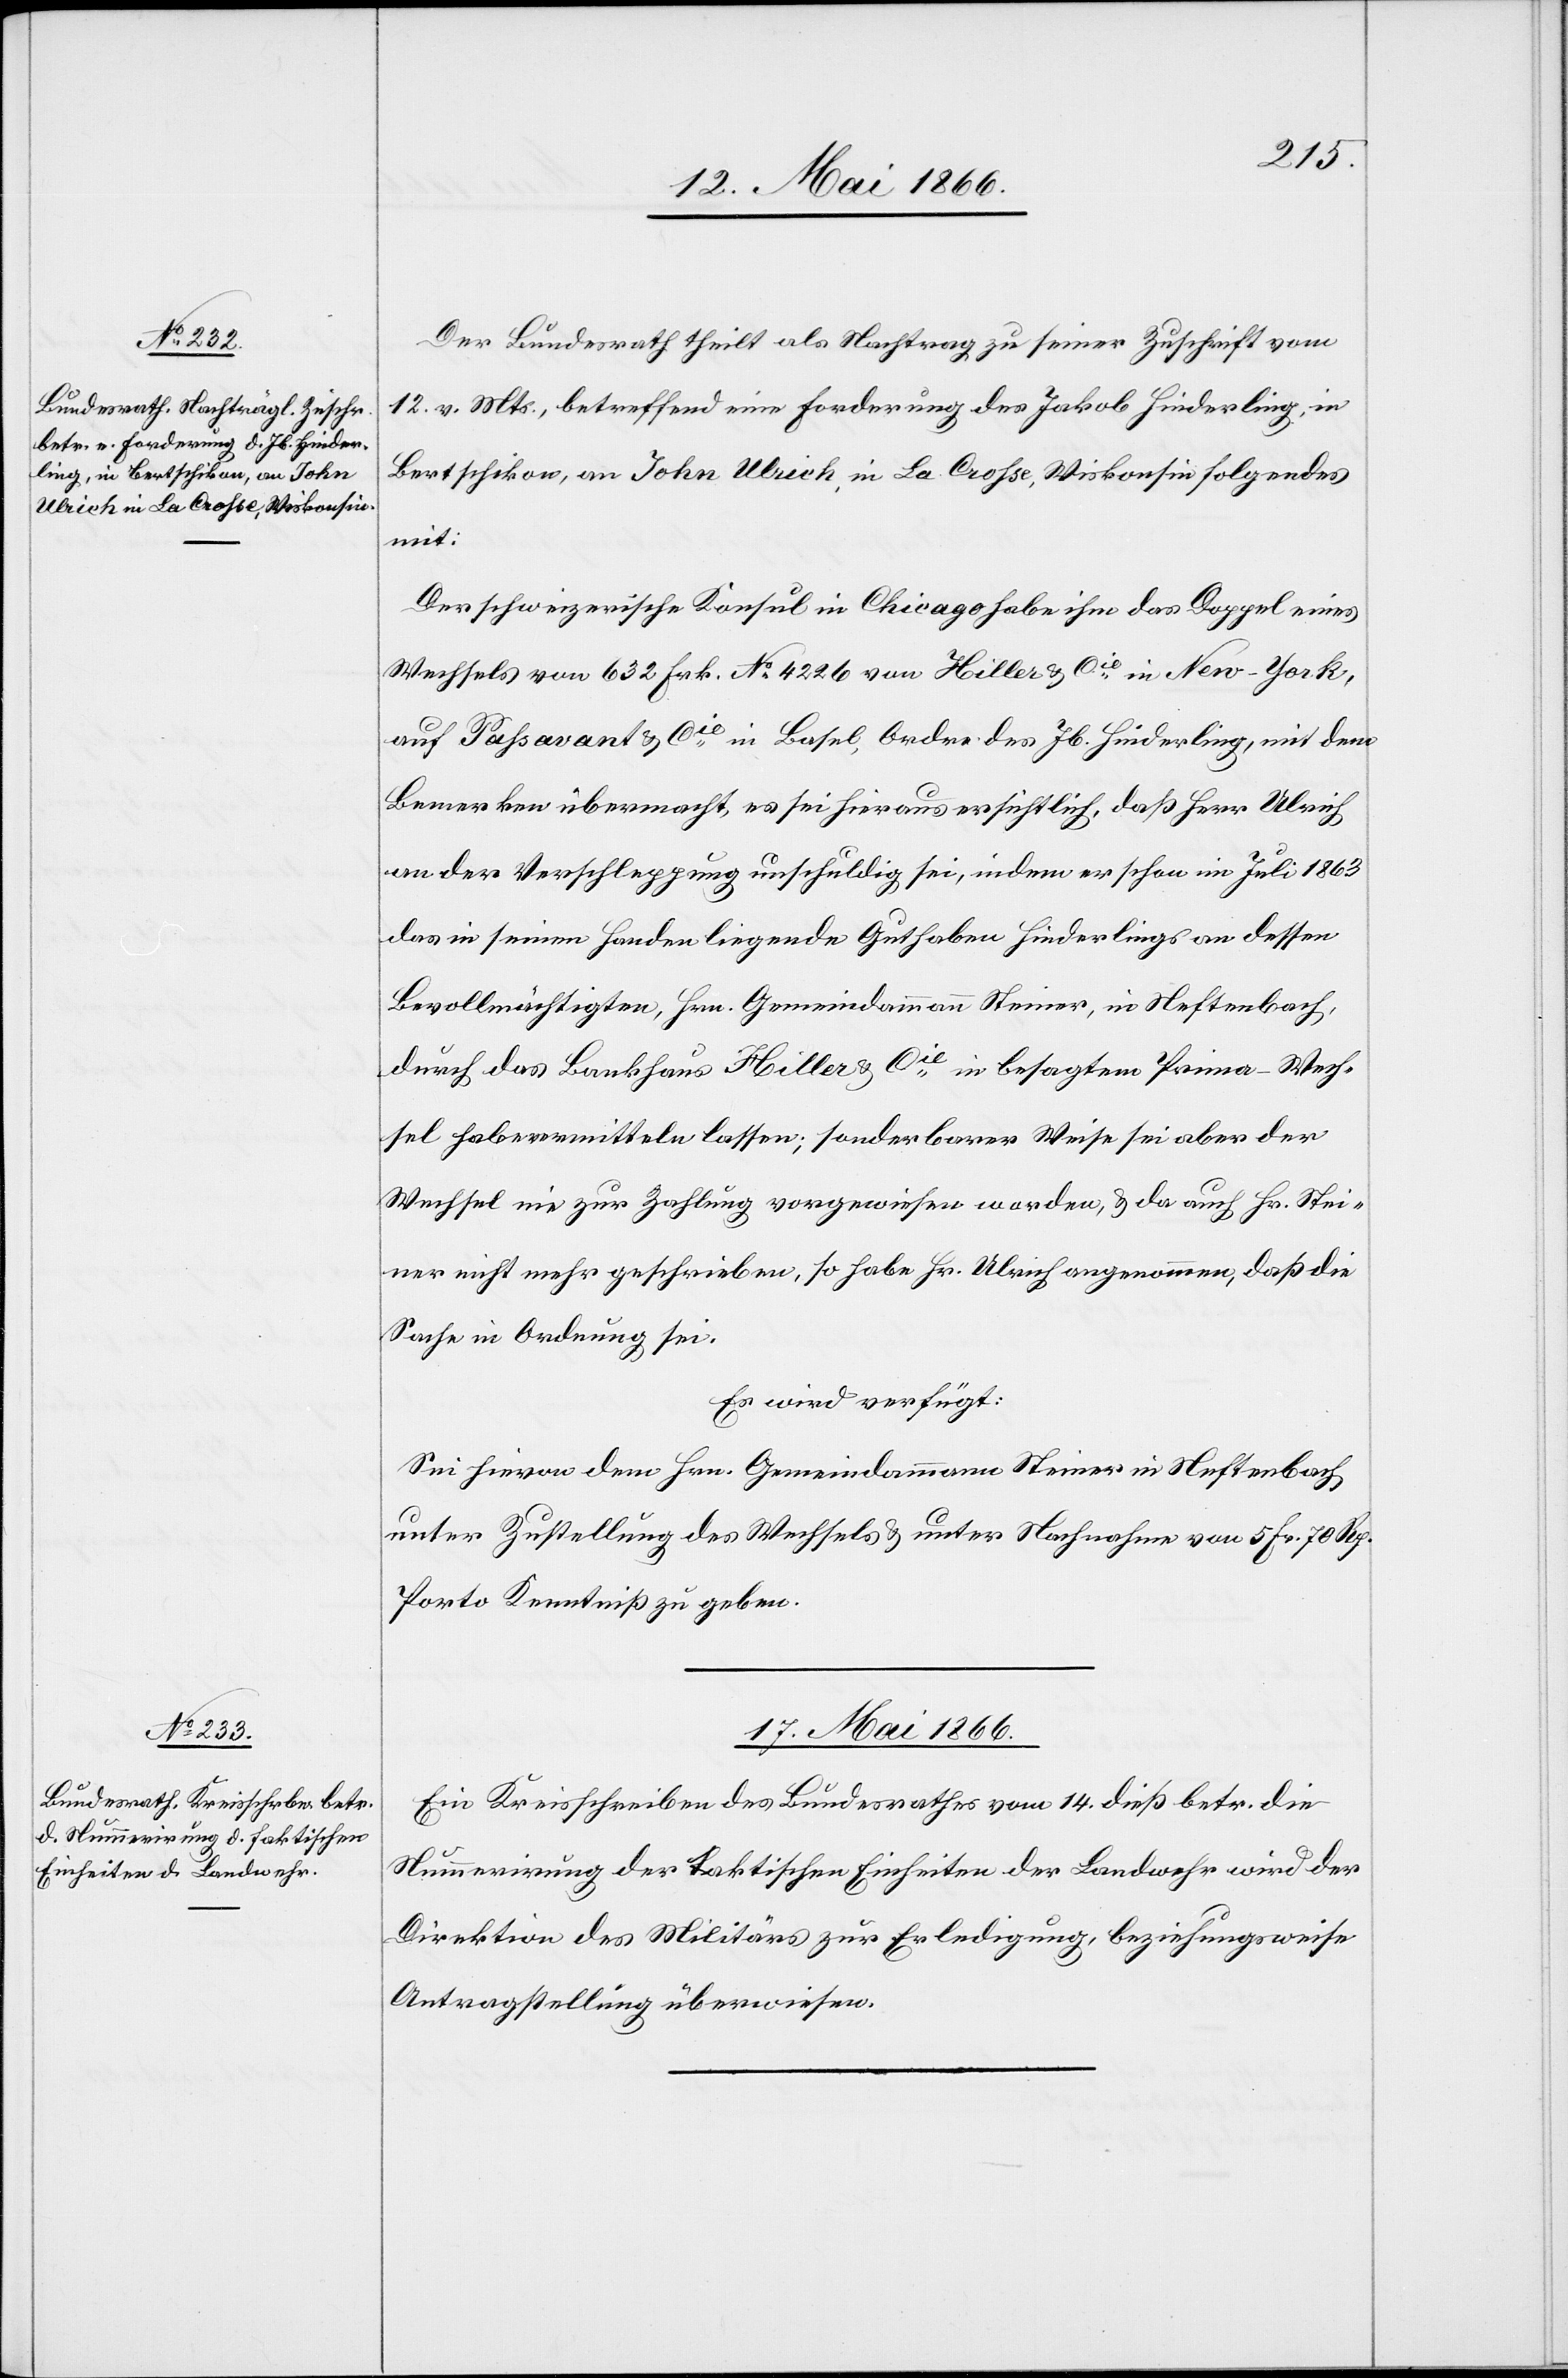
16. Mai 1866.]
Der Bundesrath theilt als Nachtrag zu seiner Zuschrift vom
12. v. Mts., betreffend eine Forderung des Jakob Hinderlin, in
Bertschikon, an John Ulrich, in La Crosse, Wiskonsin folgendes
mit:
Der schweizerische Konsul in Chicago habe ihm das Doppel eines
Wechsels von 632 Frk. No. 4226 von Hiller & Cie. in New-York,
auf Passavant & Cie. in Basel, Order des Jb. Hinderling, mit dem
Bemerken übermacht, es sei hieraus ersichtlich, daß Herr Ulrich
an der Verschleppung unschuldig sei, indem er schon im Juli 1863
das in seinen Handen liegende Guthaben Hinderlings an dessen
Bevollmächtigten, Hrn. Gemeindammann Steiner, in Neftenbach,
durch das Bankhaus Hiller & Cie. in besagtem Prima-Wech¬
sel habe vermitteln lassen; sonderbarer Weise sei aber der
Wechsel nie zur Zahlung vorgewiesen worden, u. da auch Hr. Stei¬
ner nicht mehr geschrieben, so habe Hr. Ulrich angenommen, daß die
Sache in Ordnung sei.
Es wird verfügt:
Sei hievon dem Hrn. Gemeindammann Steiner in Neftenbach
unter Zustellung des Wechsels u. unter Nachnahme von 5. Fr. 70 Rp.
Porto Kenntniß zu geben.
17. Mai 1866.
Ein Kreisschreiben des Bundesrathes vom 14. dieß betr. die
Nummerirung der taktischen Einheiten der Landwehr wird der
Direktion des Militärs zur Erledigung, beziehungsweise
Antragstellung überwiesen.